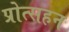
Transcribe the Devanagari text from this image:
प्रोत्सहन